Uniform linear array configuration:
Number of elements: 24
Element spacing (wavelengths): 0.25
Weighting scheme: hamming
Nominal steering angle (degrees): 15
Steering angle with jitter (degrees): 15.465
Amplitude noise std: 0.05
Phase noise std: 0.05

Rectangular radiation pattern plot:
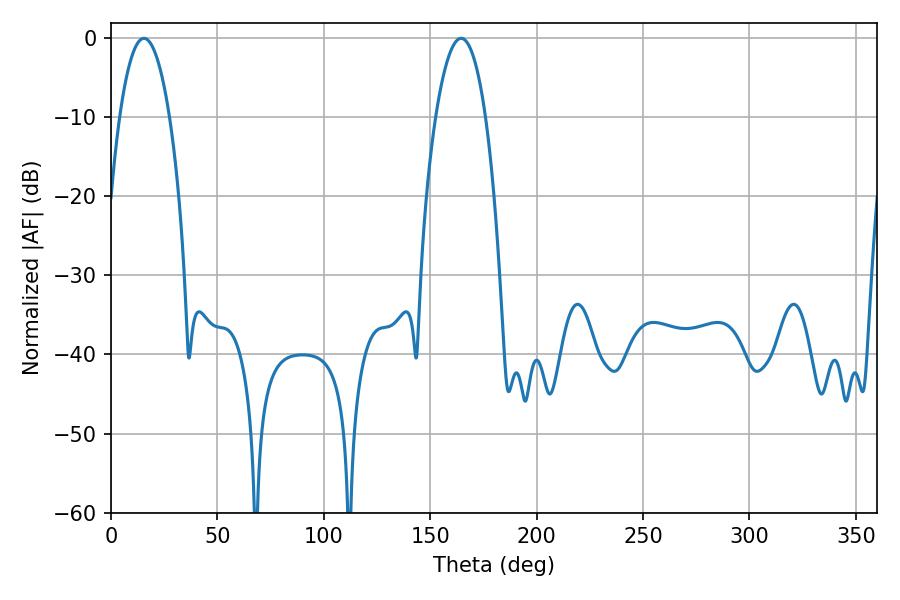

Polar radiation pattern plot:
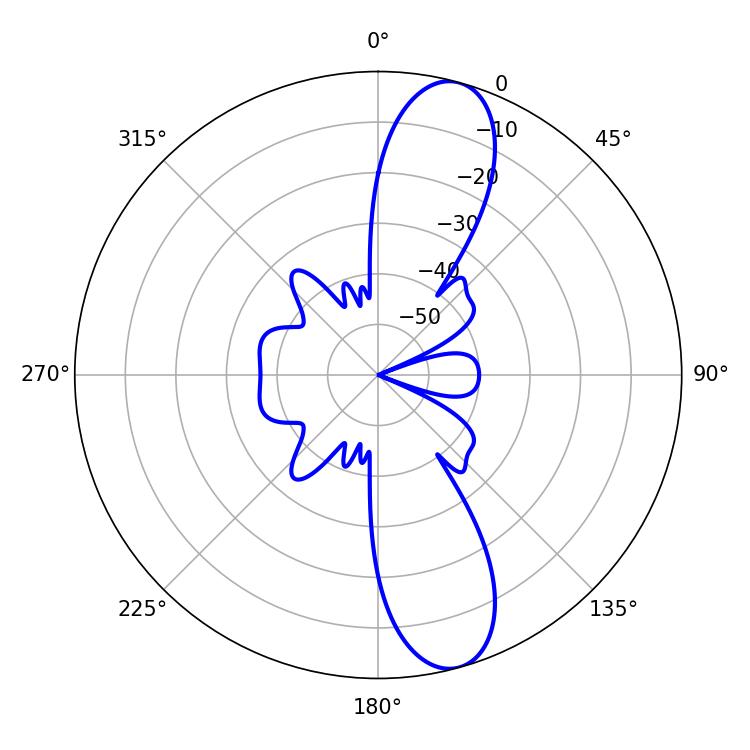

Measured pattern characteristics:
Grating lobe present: FALSE
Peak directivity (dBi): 11.875
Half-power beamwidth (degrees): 13.14
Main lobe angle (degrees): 15.48